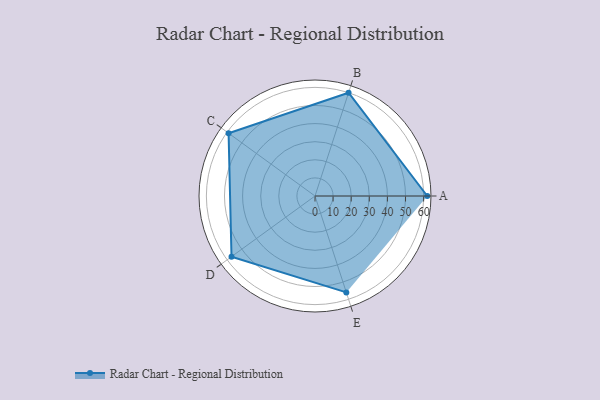
{"axis": {"x": "Skill", "y": "Score"}, "legend": ["Profile"], "data": [{"x": "A", "y": 62.0, "type": "Profile"}, {"x": "B", "y": 60.0, "type": "Profile"}, {"x": "C", "y": 59.0, "type": "Profile"}, {"x": "D", "y": 57.0, "type": "Profile"}, {"x": "E", "y": 56.0, "type": "Profile"}]}